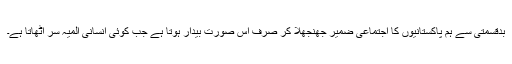
بدقسمتی سے ہم پاکستانیوں کا اجتماعی ضمیر جھنجھلا کر صرف اس صورت بیدار ہوتا ہے جب کوئی انسانی المیہ سر اٹھاتا ہے۔